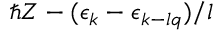
\hbar { Z } - ( \epsilon _ { \boldsymbol { k } } - \epsilon _ { \boldsymbol { k } - l \boldsymbol { q } } ) / l